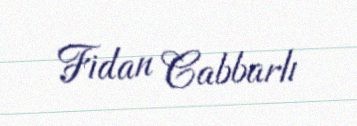
Fidan Cabbarlı